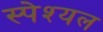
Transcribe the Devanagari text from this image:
स्पेश्यल